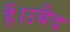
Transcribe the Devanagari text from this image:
हैं।उबैद